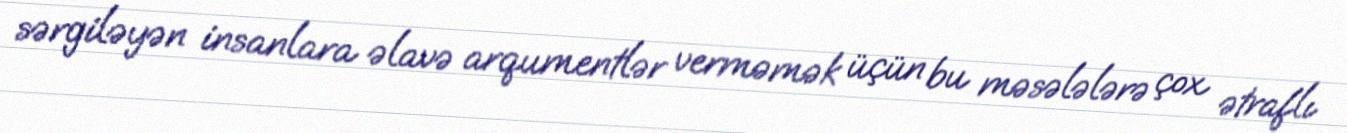
sərgiləyən insanlara əlavə arqumentlər verməmək üçün bu məsələlərə çox ətraflı